Report on plague and inoculation in the Punjab from October 1st ... to September 30th..., being the ... season of plague in the province
Disease focus: Plague
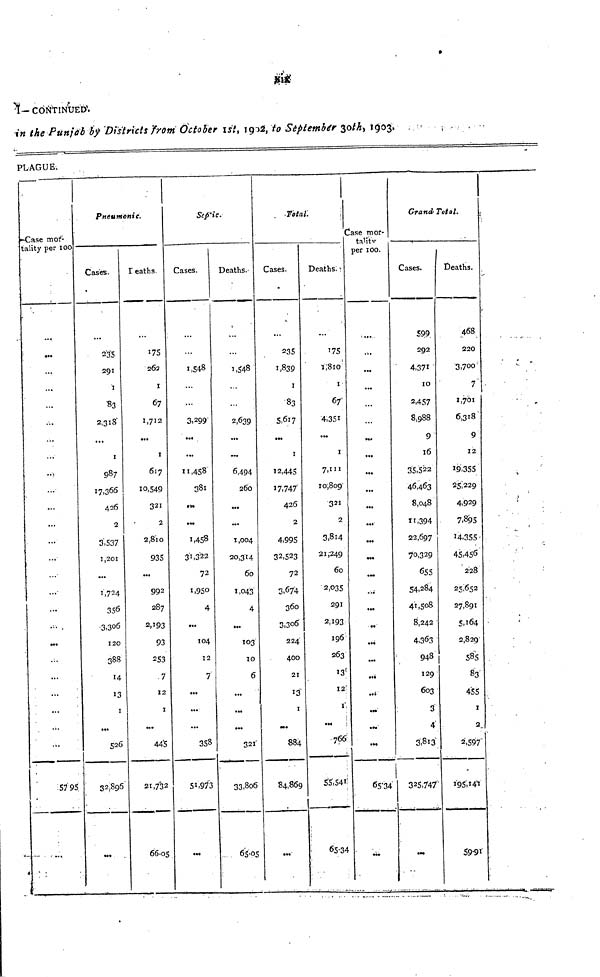
XiX
1-
CONTINUED.
in the Punjab by Districts from October 1st, 1902, to September 30th, 1903.
PLAGUE.
___
Case mor-
tality per 100 —
•••
...
...
...
...
•••
...
...
...
...
...
57 95
_
Pneumonic.
Cases.
235
291
1
83
2,318
...
1
987
17,366
426
2
3,537
1,201
1,724
356
3,306
120
388
13
1
...
526
32,896
Deaths.
175
262
1
67
1,712
...
1
617
10,549
321
2
2,8l0
935
992
287
2,193
93
253
7
12
1
...
44'5
21,732
66.05
Sepic.
Cases.
1,548
...
3,299
...
...
11,458
381
•»•
...
1,458
31.322
72
1,950
4
•••
104
12
7
...
...
...
358
51,973
...
Deaths.
1,548
2,639
...
6,494
260
...
...
1,004
20,314
60
1,043
4
...
103
10
6
...
...
...
321
33,806
65.05
. -Total.
i
c
Cases.
-
235
1,839
1
83
5,617
...
1
12,445
17,747
426
2
4,995
32,523
72
3.674
360
3,306
224'
400
21
13
1
•••
884
84,869
•••.
Deaths.
175
1,810
1
67
4,351
...
1
7,111
10,809
321
2
3,814
21,249
60
2,035
291
2,193
196
263
13
12
1
766
55,541
65.34
ase mor-
tality
-
per 100.
...
...
...
...
...
...
...
...
...
...
...
•••
...
•••
...
••
...
...
•••
..;
•••
•••
...
65.34
•••
Grand Total.
Cases.
599
292
4,371
10
2,457
8,988
9
16
35,522
46,463
8,048
11,394
22,697
70,329
655
54,284
41,508
8,242 '
4.363
948
129
603
3
4
3,813
325,747
•••
Deaths.
468
220
3,700
7' •
1,701
6,318
9
12
19,355
25,229
4,929
7,895
14,355
45,456
'228
25.652
27,891
5,164
2,829
585
83
455
1
2
2,597
195,141
59.91